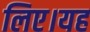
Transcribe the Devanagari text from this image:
लिए।यह